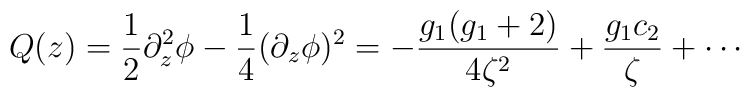
Q(z) = \frac{1}{2}\partial_z^2 \phi -\frac{1}{4}(\partial_z \phi)^2 =-\frac{g_1(g_1+2)}{4\zeta^2} + \frac{g_1 c_2}{\zeta}+ \cdots